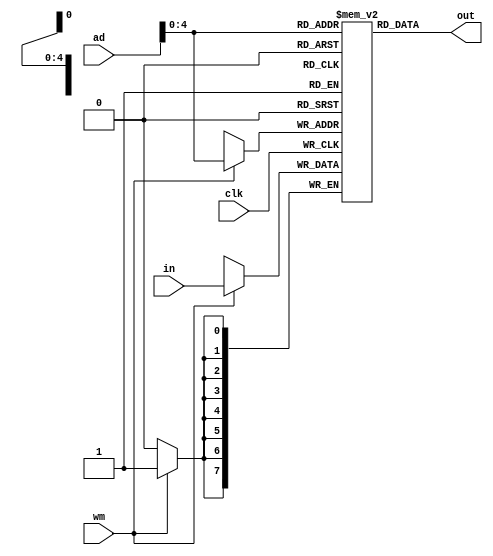
module dmem (
    input clk,
    input wm,
    input [7:0] in,
    input [7:0] ad,
    output [7:0] out
);

reg [7:0] mem [0:31];

assign out = mem[ad];

initial begin
    mem[0] = 1;
    mem[1] = 5;
    mem[2] = 9;
end

always @(negedge clk) begin
    if (wm) begin
        mem[ad] = in;
    end
end

endmodule